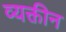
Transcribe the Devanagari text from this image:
व्यक्तीन